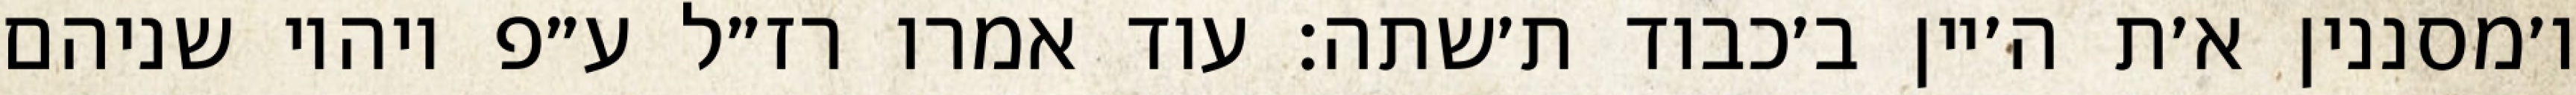
ו׳מסננין א׳ת ה׳יין ב׳כבוד ת׳שתה: עוד אמרו רז״ל ע״פ ויהיו שניהם